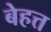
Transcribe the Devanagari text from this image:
बेहत्त